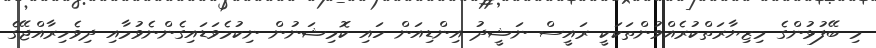
މި ބޭފުޅުންގެ މިޒިޔާރަތްކުރެއްވުންތަކަކީ ރައީސް ނަޝީދު އިންޑިއަން ހައި ކޮމިޝަނުން ނިކުމެވަޑައިގެންނެވުމާއި ދިވެހިރާއްޖޭގެ